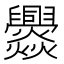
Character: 𱬲